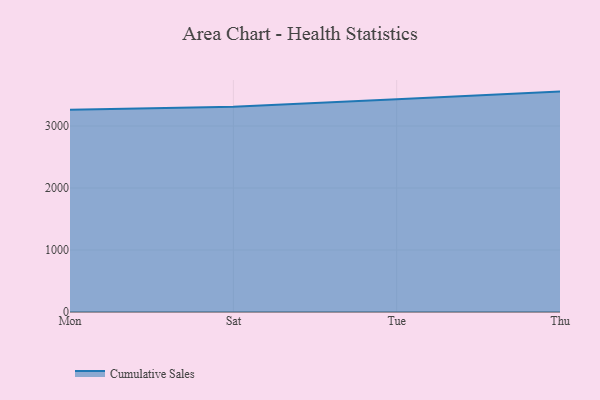
{"axis": {"x": "Day", "y": "Temperature (°C)"}, "legend": ["Cumulative Sales"], "data": [{"x": "Mon", "y": 3264.3, "type": "Cumulative Sales"}, {"x": "Sat", "y": 3310.9, "type": "Cumulative Sales"}, {"x": "Tue", "y": 3431.5, "type": "Cumulative Sales"}, {"x": "Thu", "y": 3555.3, "type": "Cumulative Sales"}]}